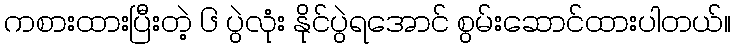
ကစားထားပြီးတဲ့ ၆ ပွဲလုံး နိုင်ပွဲရအောင် စွမ်းဆောင်ထားပါတယ်။